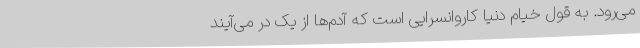
می‌رود. به قول خیام دنیا کاروانسرایی است که آدم‌ها از یک در می‌آیند